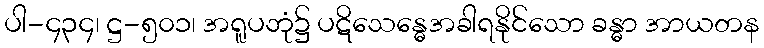
ပါ-၄၃၄၊ ဋ္ဌ-၅၀၁၊ အရူပဘုံ၌ ပဋိသေန္ဓေအခါရနိုင်သော ခန္ဓာ အာယတန